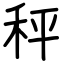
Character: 秤